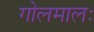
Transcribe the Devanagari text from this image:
गोलमालः